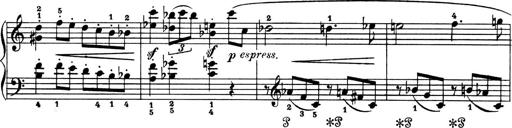
Title: 4 Sonatines
Composer: Max Reger